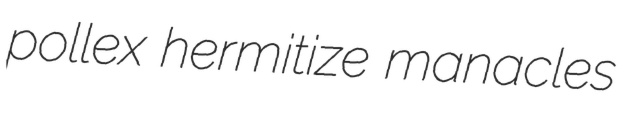
pollex hermitize manacles